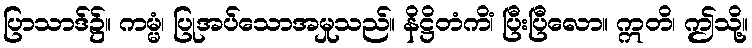
ပြာသာဒ်၌။ ကမ္မံ၊ ပြုအပ်သောအမှုသည်။ နိဋ္ဌိတံကိံ၊ ပြီးပြီလော။ ဣတိ၊ ဤသို့။